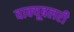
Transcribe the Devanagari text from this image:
वाक्यूबलरी